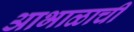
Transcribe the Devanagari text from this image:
आभाळाची